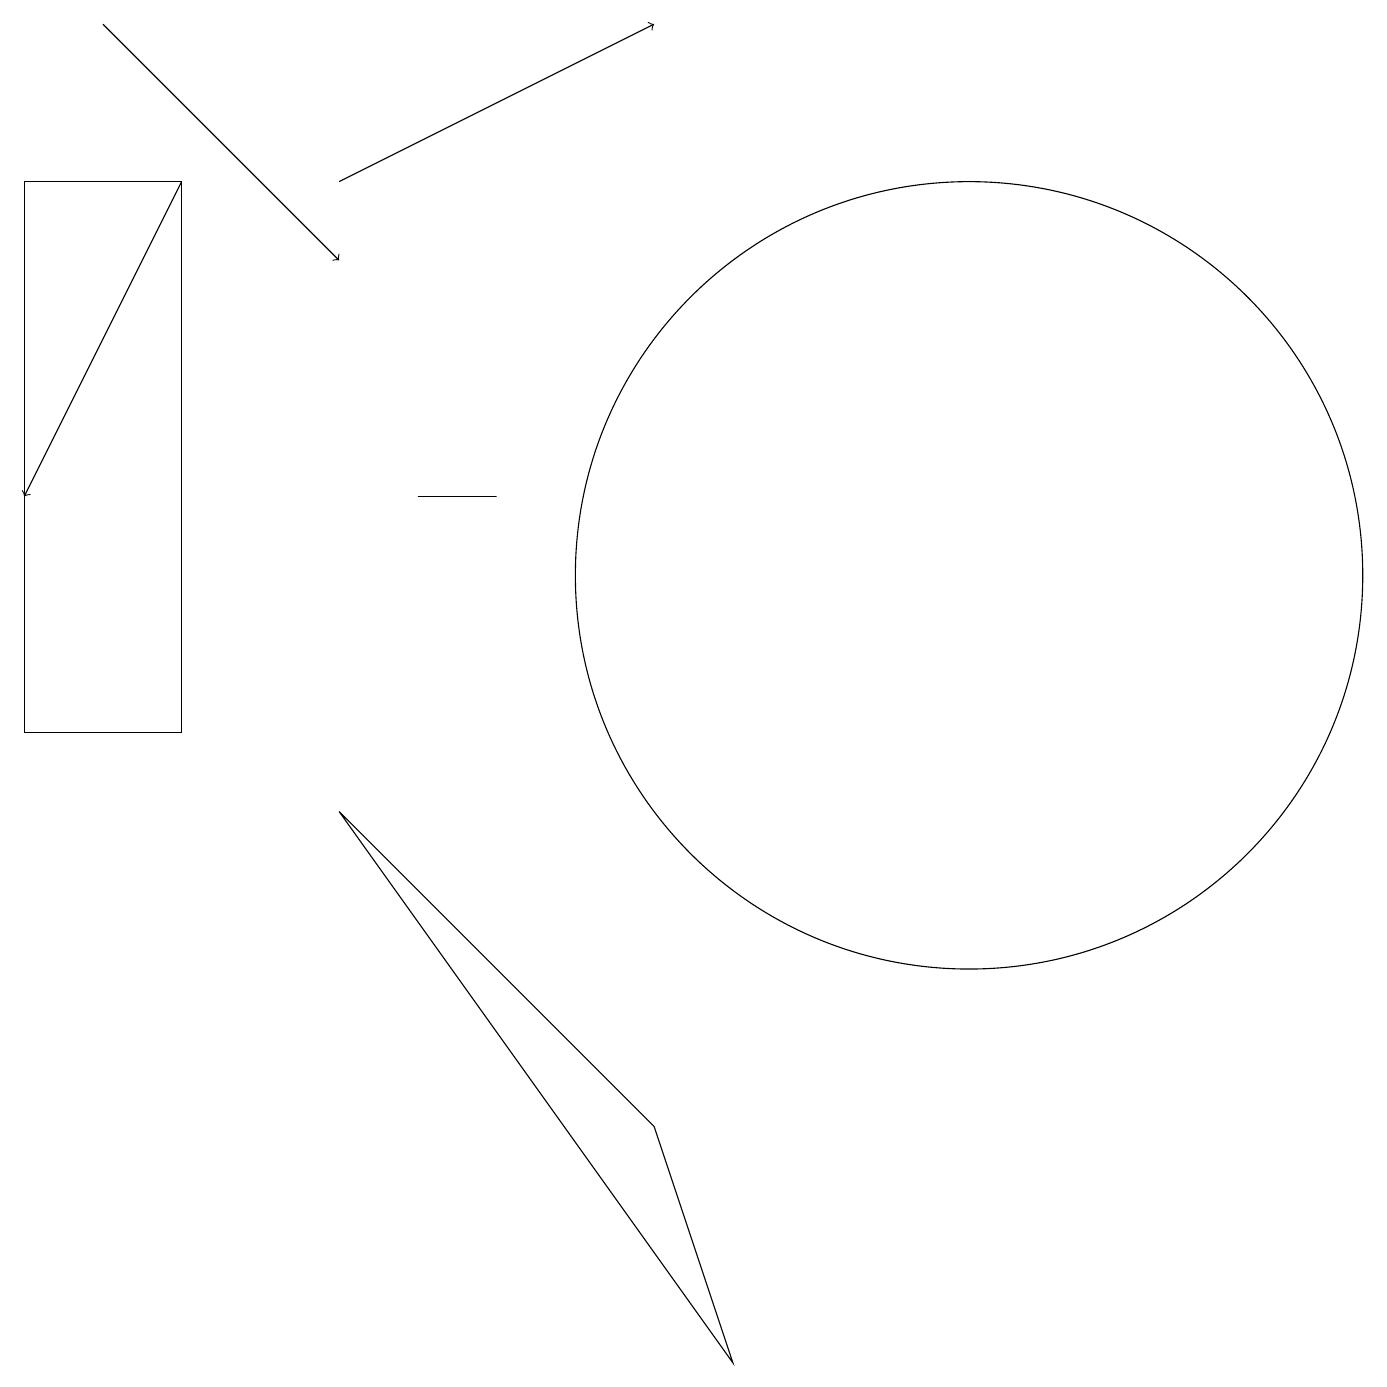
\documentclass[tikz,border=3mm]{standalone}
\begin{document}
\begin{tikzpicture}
\draw (2,10) rectangle (0,17);
\draw (6,13) rectangle (5,13);
\draw (9,2) -- (4,9) -- (8,5) -- cycle;
\draw[->] (4,17) -- (8,19);
\draw[->] (1,19) -- (4,16);
\draw[->] (2,17) -- (0,13);
\draw (12,12) circle (5);
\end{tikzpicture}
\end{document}